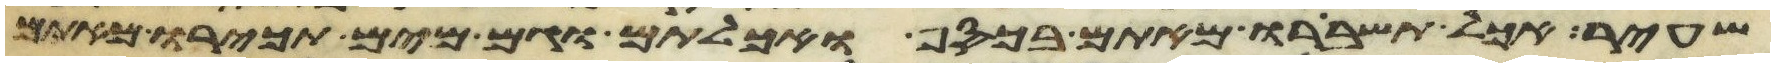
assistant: שעיר אכל תשברו מאתם בכסף ואכלתם וגם מים תכירו מאתם